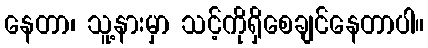
နေတာ၊ သူ့နားမှာ သင့်ကိုရှိစေချင်နေတာပါ။